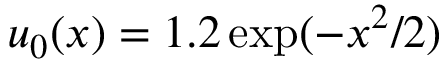
u _ { 0 } ( x ) = 1 . 2 \exp ( - x ^ { 2 } / 2 )